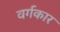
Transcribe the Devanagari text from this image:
वर्गकार